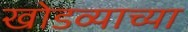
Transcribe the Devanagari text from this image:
खोडव्याच्या